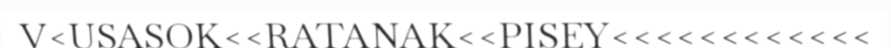
V<USASOK<<RATANAK<<PISEY<<<<<<<<<<<<